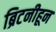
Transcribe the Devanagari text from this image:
ब्रिटनीहून